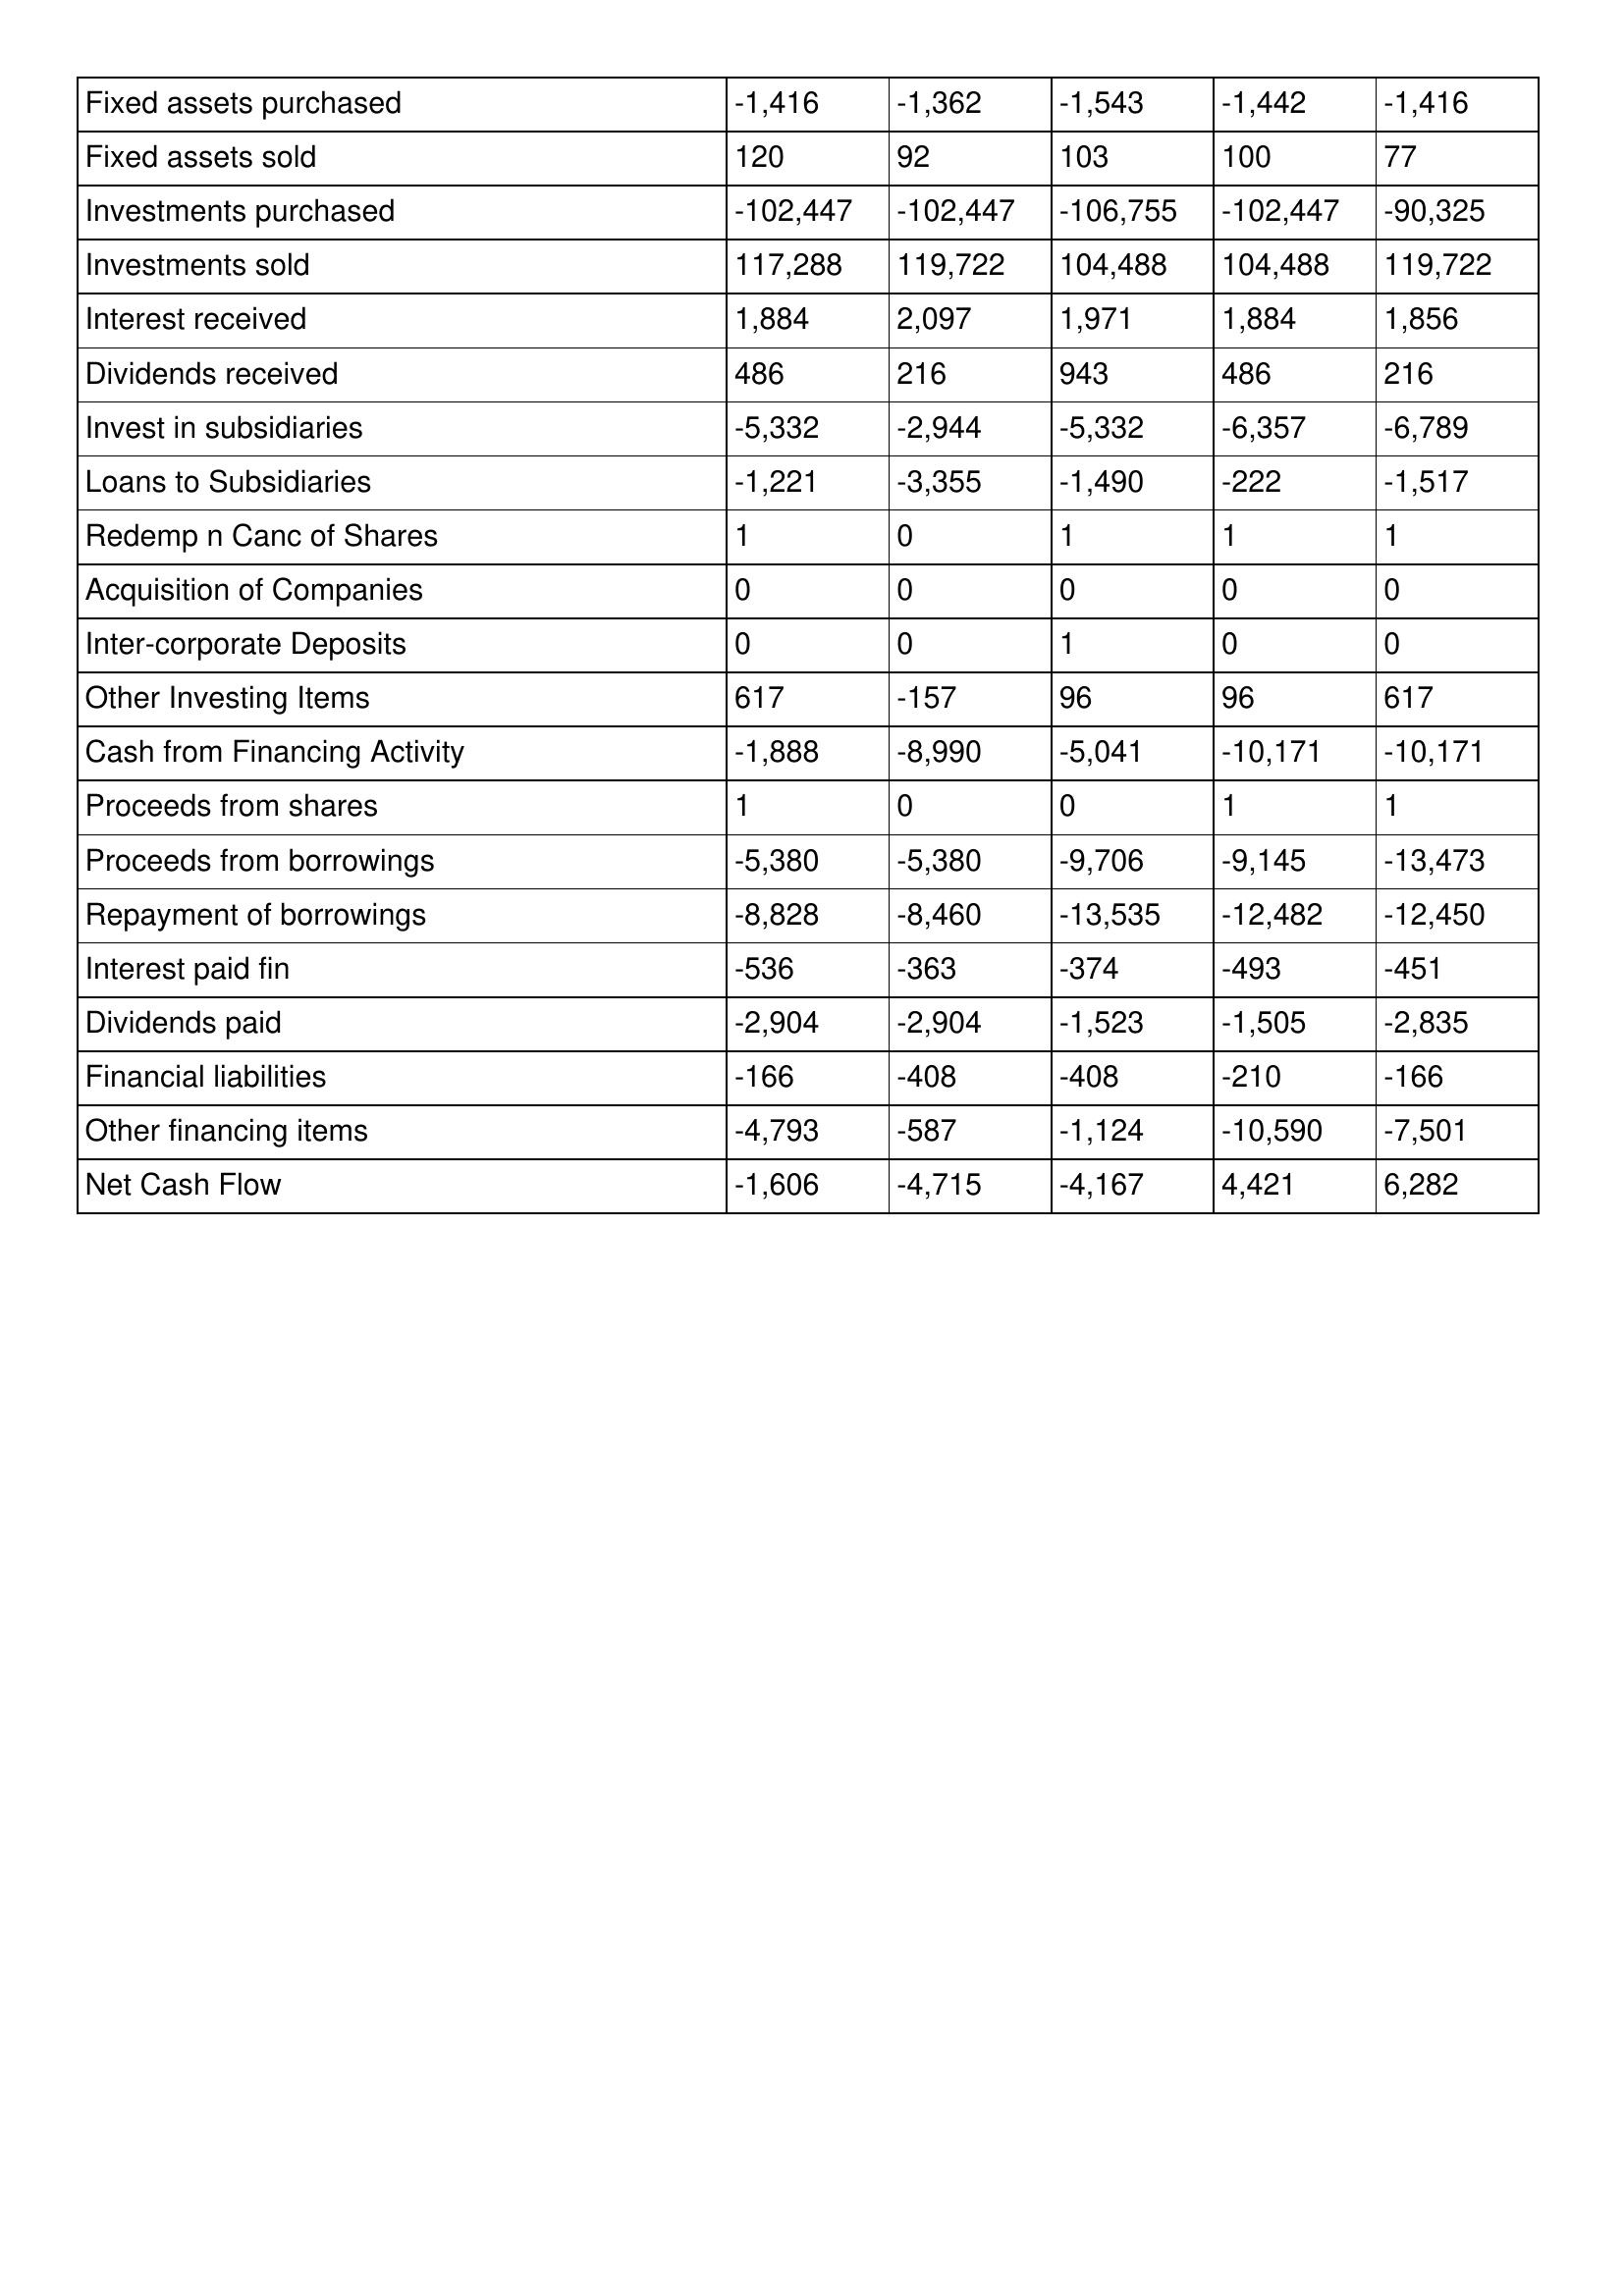
gt_parse: 2007: Cash Flows: Fixed assets purchased: -1,416
Fixed assets sold: 120
Investments purchased: -102,447
Investments sold: 117,288
Interest received: 1,884
Dividends received: 486
Invest in subsidiaries: -5,332
Loans to Subsidiaries: -1,221
Redemp n Canc of Shares: 1
Acquisition of Companies: 0
Inter-corporate Deposits: 0
Other Investing Items: 617
Cash from Financing Activity: -1,888
Proceeds from shares: 1
Proceeds from borrowings: -5,380
Repayment of borrowings: -8,828
Interest paid fin: -536
Dividends paid: -2,904
Financial liabilities: -166
Other financing items: -4,793
Net Cash Flow: -1,606
2006: Cash Flows: Fixed assets purchased: -1,362
Fixed assets sold: 92
Investments purchased: -102,447
Investments sold: 119,722
Interest received: 2,097
Dividends received: 216
Invest in subsidiaries: -2,944
Loans to Subsidiaries: -3,355
Redemp n Canc of Shares: 0
Acquisition of Companies: 0
Inter-corporate Deposits: 0
Other Investing Items: -157
Cash from Financing Activity: -8,990
Proceeds from shares: 0
Proceeds from borrowings: -5,380
Repayment of borrowings: -8,460
Interest paid fin: -363
Dividends paid: -2,904
Financial liabilities: -408
Other financing items: -587
Net Cash Flow: -4,715
2005: Cash Flows: Fixed assets purchased: -1,543
Fixed assets sold: 103
Investments purchased: -106,755
Investments sold: 104,488
Interest received: 1,971
Dividends received: 943
Invest in subsidiaries: -5,332
Loans to Subsidiaries: -1,490
Redemp n Canc of Shares: 1
Acquisition of Companies: 0
Inter-corporate Deposits: 1
Other Investing Items: 96
Cash from Financing Activity: -5,041
Proceeds from shares: 0
Proceeds from borrowings: -9,706
Repayment of borrowings: -13,535
Interest paid fin: -374
Dividends paid: -1,523
Financial liabilities: -408
Other financing items: -1,124
Net Cash Flow: -4,167
2004: Cash Flows: Fixed assets purchased: -1,442
Fixed assets sold: 100
Investments purchased: -102,447
Investments sold: 104,488
Interest received: 1,884
Dividends received: 486
Invest in subsidiaries: -6,357
Loans to Subsidiaries: -222
Redemp n Canc of Shares: 1
Acquisition of Companies: 0
Inter-corporate Deposits: 0
Other Investing Items: 96
Cash from Financing Activity: -10,171
Proceeds from shares: 1
Proceeds from borrowings: -9,145
Repayment of borrowings: -12,482
Interest paid fin: -493
Dividends paid: -1,505
Financial liabilities: -210
Other financing items: -10,590
Net Cash Flow: 4,421
2003: Cash Flows: Fixed assets purchased: -1,416
Fixed assets sold: 77
Investments purchased: -90,325
Investments sold: 119,722
Interest received: 1,856
Dividends received: 216
Invest in subsidiaries: -6,789
Loans to Subsidiaries: -1,517
Redemp n Canc of Shares: 1
Acquisition of Companies: 0
Inter-corporate Deposits: 0
Other Investing Items: 617
Cash from Financing Activity: -10,171
Proceeds from shares: 1
Proceeds from borrowings: -13,473
Repayment of borrowings: -12,450
Interest paid fin: -451
Dividends paid: -2,835
Financial liabilities: -166
Other financing items: -7,501
Net Cash Flow: 6,282